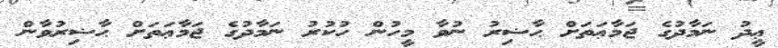
ޢީދު ނަމާދުގެ ޖަމާޢަތަށް ޙާޟިރު ނުވާ މީހުން ހުކުރު ނަމާދުގެ ޖަމާޢަތަށް ޙާޟިރުވާން